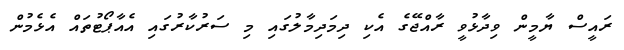
ރައީސް ޔާމީން ވިދާޅުވީ ރާއްޖޭގެ އެކި ދިމަދިމާލުގައި މި ސަރުކާރުގައި އެއާޕޯޓުތައް އެޅެމުން